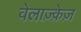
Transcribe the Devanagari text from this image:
वेलाज़्क़ेज़